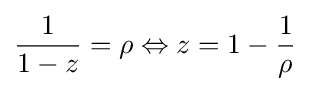
{\frac {1}{1-z}}=\rho \Leftrightarrow z=1-{\frac {1}{\rho }}